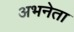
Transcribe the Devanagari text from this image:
अभनेता